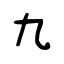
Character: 九